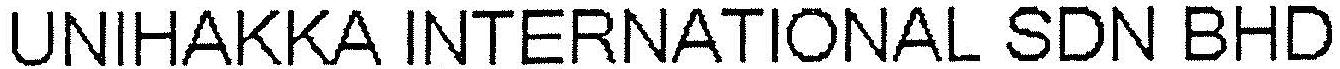
UNIHAKKA INTERNATIONAL SDN BHD